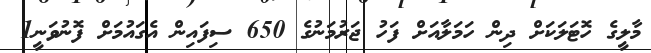
މާލީގެ ހޮޓަލަކަށް ދިން ހަމަލާއަށް ފަހު ޖަރުމަނުގެ 650 ސިފައިން އެގައުމަށް ފޮނުވަނީ1